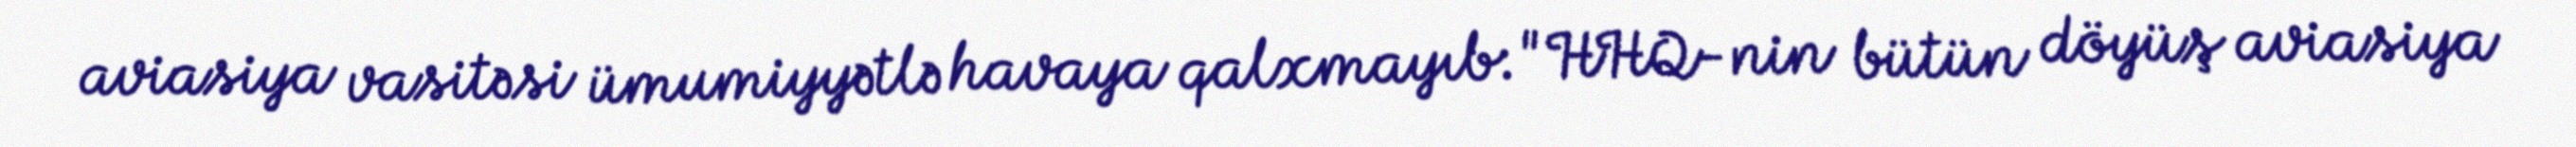
aviasiya vasitəsi ümumiyyətlə havaya qalxmayıb: "HHQ-nin bütün döyüş aviasiya